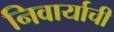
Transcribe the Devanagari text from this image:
निवार्याची